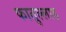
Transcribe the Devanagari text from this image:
फातुल्लाह